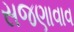
સજણાવાવ